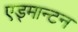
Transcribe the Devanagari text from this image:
एड्मान्टन